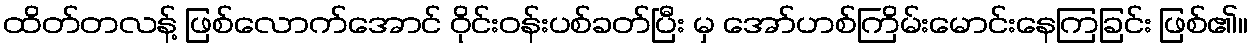
ထိတ်တလန့် ဖြစ်လောက်အောင် ဝိုင်းဝန်းပစ်ခတ်ပြီး မှ အော်ဟစ်ကြိမ်းမောင်းနေကြခြင်း ဖြစ်၏။